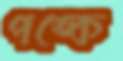
পঙ্কে